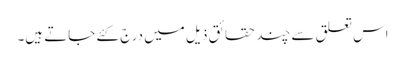
اس تعلق سے چند حقائق ذیل میں درج کئے جاتے ہیں۔